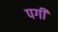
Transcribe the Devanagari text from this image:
पगी